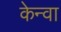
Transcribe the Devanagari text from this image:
केन्वा